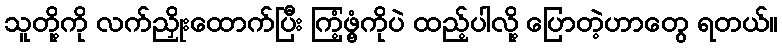
သူတို့ကို လက်ညှိုးထောက်ပြီး ကြံ့ဖွံ့ကိုပဲ ထည့်ပါလို့ ပြောတဲ့ဟာတွေ ရတယ်။